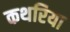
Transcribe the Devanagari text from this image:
कथरिया